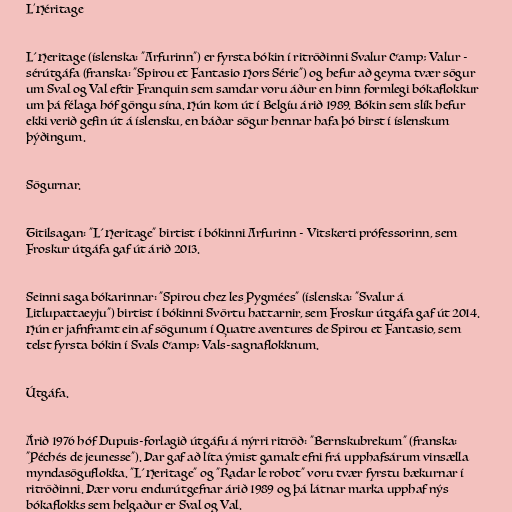
L'Héritage

L´Heritage (íslenska: "Arfurinn") er fyrsta bókin í ritröðinni Svalur &amp; Valur -
sérútgáfa (franska: "Spirou et Fantasio Hors Série") og hefur að geyma tvær sögur
um Sval og Val eftir Franquin sem samdar voru áður en hinn formlegi bókaflokkur
um þá félaga hóf göngu sína. Hún kom út í Belgíu árið 1989. Bókin sem slík hefur
ekki verið gefin út á íslensku, en báðar sögur hennar hafa þó birst í íslenskum
þýðingum.

Sögurnar.

Titilsagan: "L´Heritage" birtist í bókinni Arfurinn - Vitskerti prófessorinn, sem
Froskur útgáfa gaf út árið 2013.

Seinni saga bókarinnar: "Spirou chez les Pygmées" (íslenska: "Svalur á
Litlupattaeyju") birtist í bókinni Svörtu hattarnir, sem Froskur útgáfa gaf út 2014.
Hún er jafnframt ein af sögunum í Quatre aventures de Spirou et Fantasio, sem
telst fyrsta bókin í Svals &amp; Vals-sagnaflokknum.

Útgáfa.

Árið 1976 hóf Dupuis-forlagið útgáfu á nýrri ritröð: "Bernskubrekum" (franska:
"Péchés de jeunesse"). Þar gaf að líta ýmist gamalt efni frá upphafsárum vinsælla
myndasöguflokka. "L´Heritage" og "Radar le robot" voru tvær fyrstu bækurnar í
ritröðinni. Þær voru endurútgefnar árið 1989 og þá látnar marka upphaf nýs
bókaflokks sem helgaður er Sval og Val.